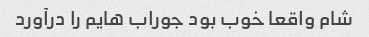
شام واقعا خوب بود جوراب هایم را درآورد